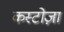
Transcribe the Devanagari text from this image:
कस्टोज़ा